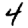
Digit: 4